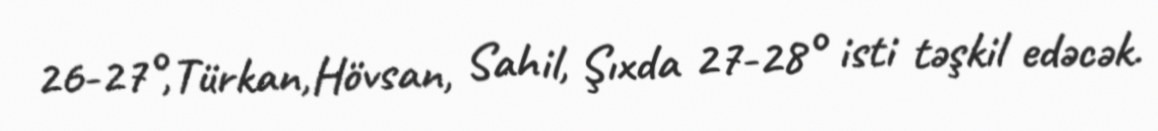
26-27°,Türkan,Hövsan, Sahil, Şıxda 27-28° isti təşkil edəcək.